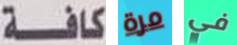
كافة مرة في